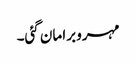
مہرو برا مان گئی۔